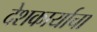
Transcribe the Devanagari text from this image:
देशकार्याचा